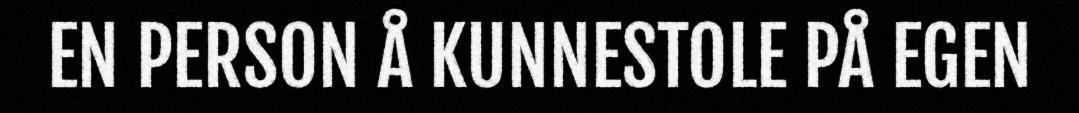
EN PERSON Å KUNNESTOLE PÅ EGEN